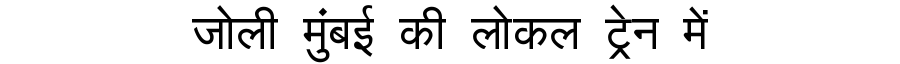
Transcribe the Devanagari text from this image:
जोली मुंबई की लोकल ट्रेन में